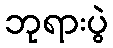
ဘုရားပွဲ